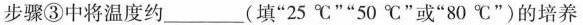
步骤③中将温度约___(填”25℃””50℃”或”80℃”)的培养